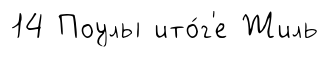
14 Поулы ито́г'е Жиль